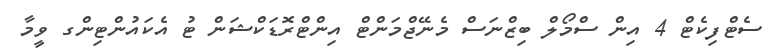
ސެޓްފިކެޓް 4 އިން ސްމޯލް ބިޒްނަސް މެނޭޖްމަންޓް އިންޓްރޮޑަކްޝަން ޓު އެކައުންޓިންގ ވީމާ